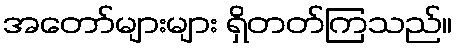
အတော်များများ ရှိတတ်ကြသည်။